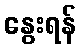
နွေးရန်